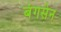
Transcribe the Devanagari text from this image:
बंगसेन